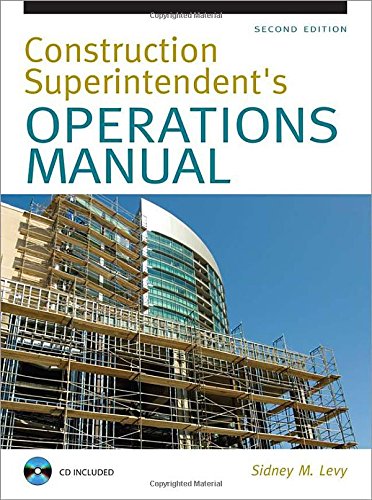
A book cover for Construction Superintendent Operations Manual; Sidney Levy; Law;